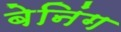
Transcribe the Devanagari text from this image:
बेनिंग